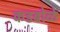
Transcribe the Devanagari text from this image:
कडबोळे